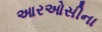
આરઓસીના